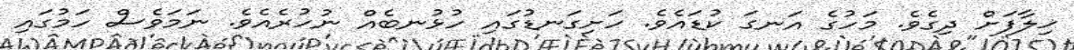
ޚިލާފަށް ދިގެވެ. މަހުގެ އަނގަ ކުޑައެވެ. ހަށިގަނޑުގައި ހުޅުނބެއް ނުހުރެއެވެ. ނަމަވެސް ހަމުގައި